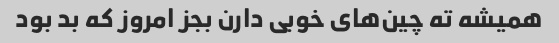
همیشه ته چین‌های خوبی دارن بجز امروز که بد بود